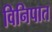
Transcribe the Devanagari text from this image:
विनिपात